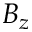
B _ { z }